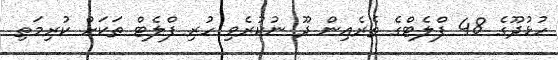
ހުޅުދޫގެ 48 ފްލެޓްގެ ތެރެއިން ދޫ ނުކުރެވި ހުރި ފްލެޓް ތަކަށް ކުރިމަތި